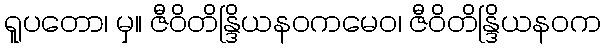
ရူပတော၊ မှ။ ဇီဝိတိန္ဒြိယနဝကမေဝ၊ ဇီဝိတိန္ဒြိယနဝက